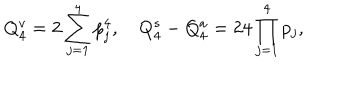
LaTeX: Q _ { 4 } ^ { v } = 2 \sum _ { j = 1 } ^ { 4 } p _ { j } ^ { 4 } , \quad Q _ { 4 } ^ { s } - Q _ { 4 } ^ { a } = 2 4 \prod _ { j = 1 } ^ { 4 } p _ { j } ,